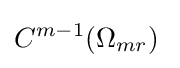
C^{m-1}(\Omega _{mr})\;